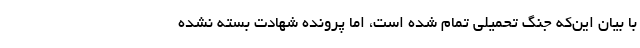
با بیان این‌که جنگ تحمیلی تمام شده است، اما پرونده شهادت بسته نشده